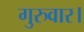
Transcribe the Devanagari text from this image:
गुरुवार।